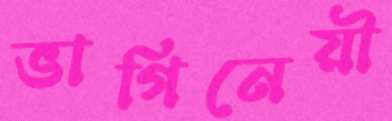
ভাগিনেয়ী